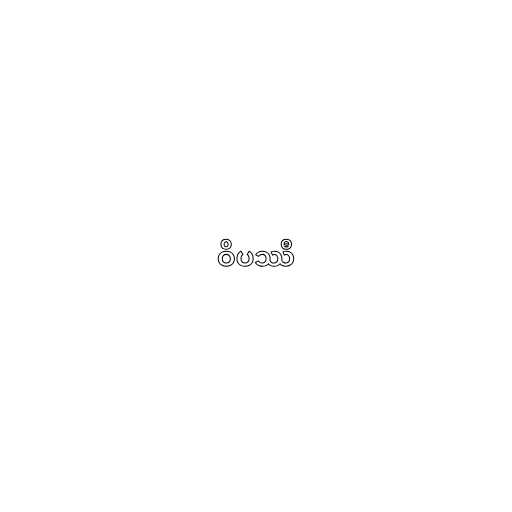
ဝိပဿီ